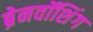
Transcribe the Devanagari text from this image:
ब्रेनवॉशिंग